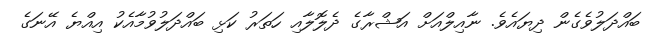
ބައްދަލުވެގެން ދިޔައެވެ. ނާއިލްއަށް އަޝްރާގެ ދެލޮލާއި ހަތަރު ކަޅި ބައްދަލުވުމާއެކު އިއްޔެ އޭނަގެ